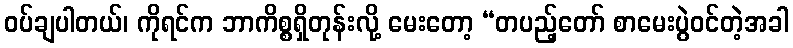
ဝပ်ချပါတယ်၊ ကိုရင်က ဘာကိစ္စရှိတုန်းလို့ မေးတော့ “တပည့်တော် စာမေးပွဲဝင်တဲ့အခါ